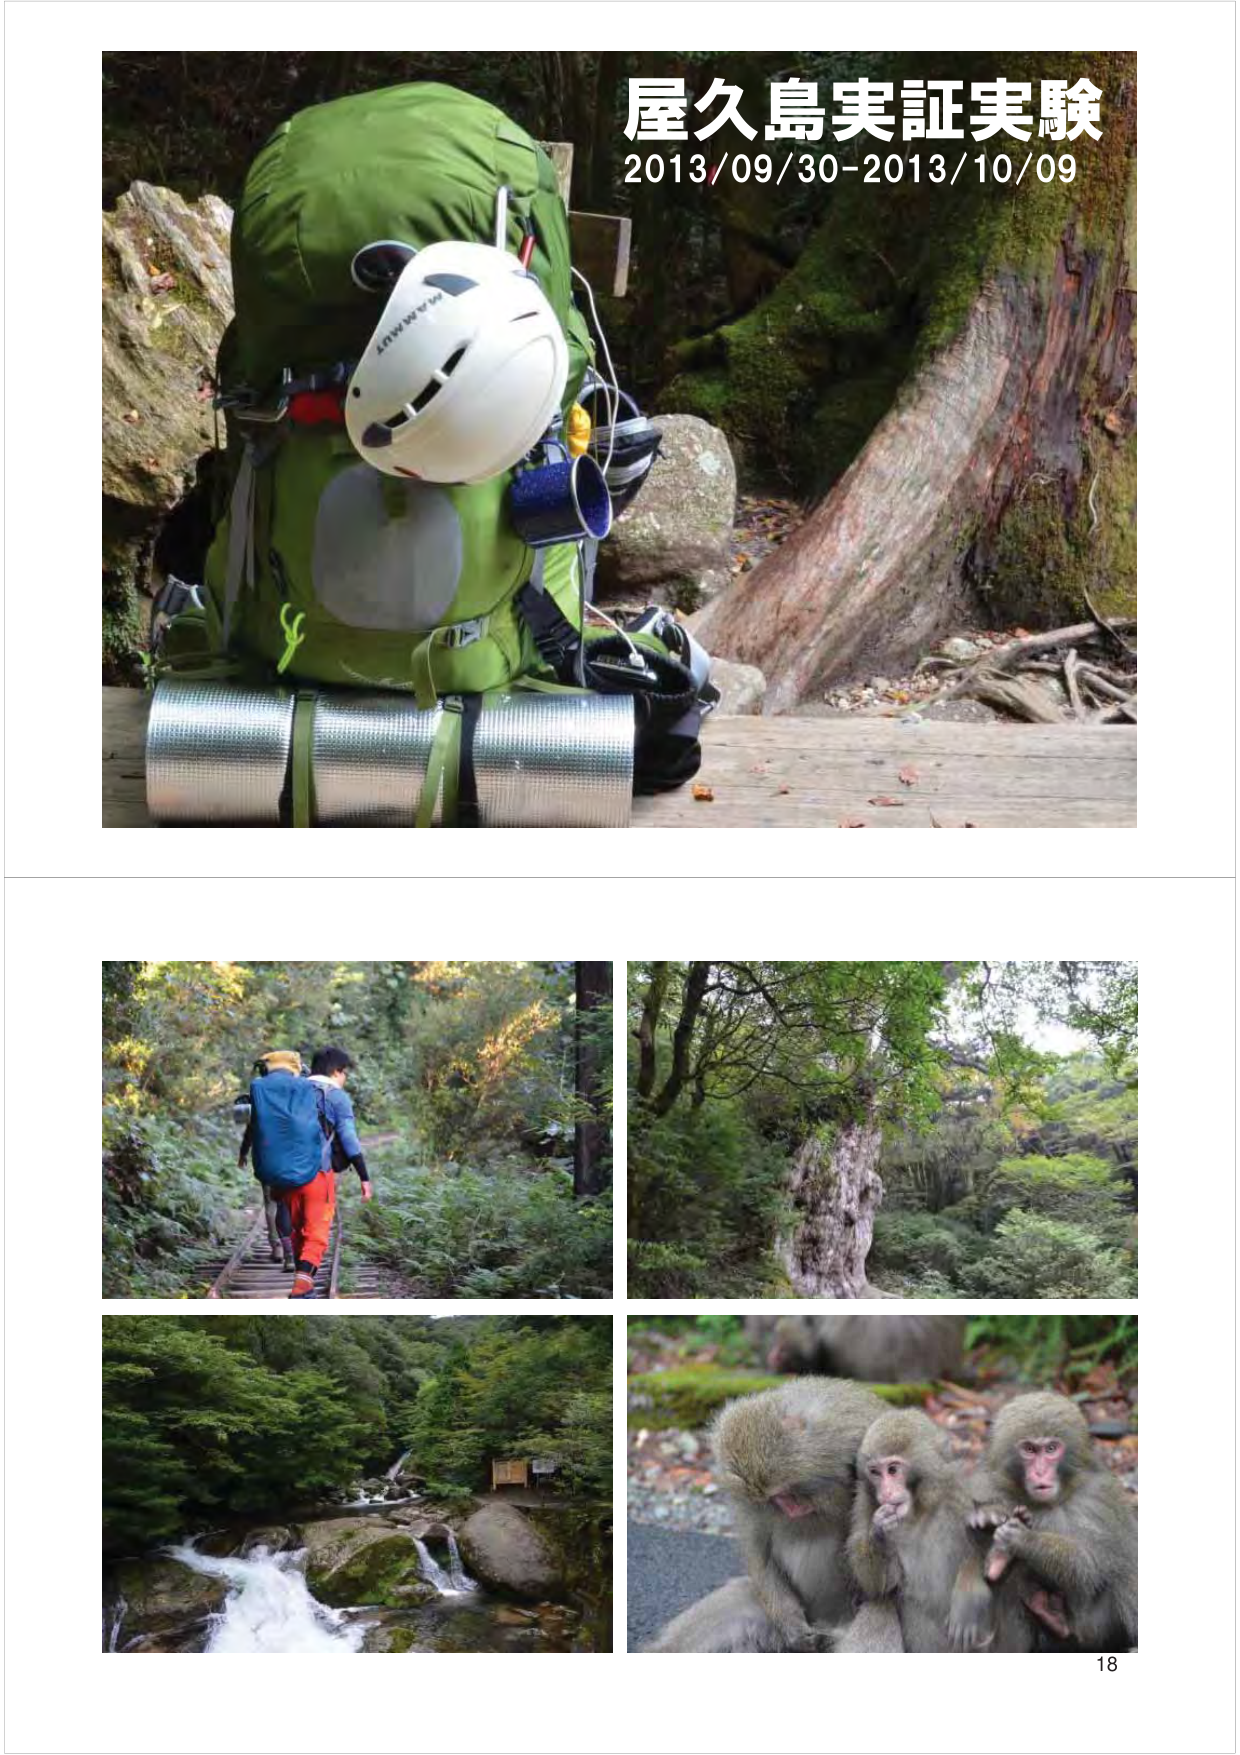
屋久島実証実験
2013/09/30-2013/10/09
18